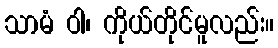
သာမံ ဝါ၊ ကိုယ်တိုင်မူလည်း။